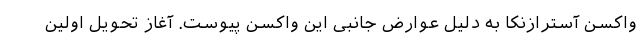
واکسن آسترازنکا به دلیل عوارض جانبی این واکسن پیوست. آغاز تحويل اولین